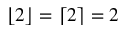
\lfloor 2 \rfloor = \lceil 2 \rceil = 2